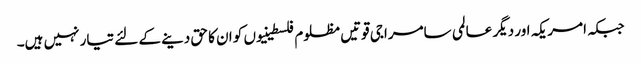
جبکہ امریکہ اور دیگر عالمی سامراجی قوتیں مظلوم فلسطینیوں کو ان کا حق دینے کے لئے تیار نہیں ہیں۔